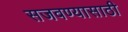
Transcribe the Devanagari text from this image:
सजवण्यासाठी